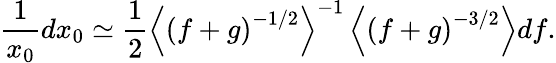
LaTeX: \frac{1}{x_{0}}dx_{0}\simeq\frac{1}{2}\left\langle\left(f+g\right)^{-1/2}\right\rangle^{-1}\left\langle\left(f+g\right)^{-3/2}\right\rangle df.